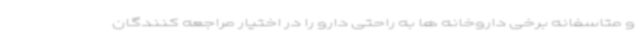
و متاسفانه برخی داروخانه ها به راحتی دارو را در اختیار مراجعه کنندگان